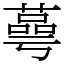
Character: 蕚